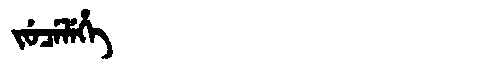
Manchu: ᠵᡠᠴᡝᠯᡝᡥᡝ
Romanization: JUCELEHE